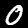
Digit: 0